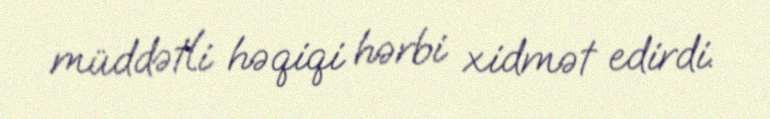
müddətli həqiqi hərbi xidmət edirdi.